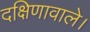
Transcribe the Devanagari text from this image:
दक्षिणावाले।